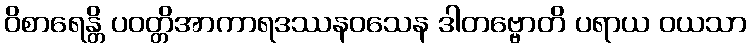
ဝိစာရေန္တိ ပဝတ္တိအာကာရဒဿနဝသေန ဒါတဗ္ဗောတိ ပရာယ ဝယသာ